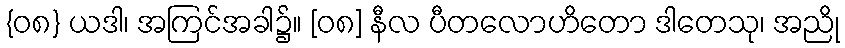
{၀၈} ယဒါ၊ အကြင်အခါ၌။ [၀၈] နီလ ပီတလောဟိတော ဒါတေသု၊ အညို